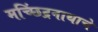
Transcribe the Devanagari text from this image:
मच्छिंद्रनाथाचे